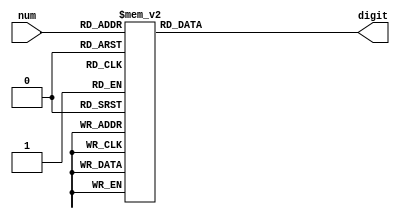
module decode_7seg(num, digit);
	input[3:0] num;
	output[6:0] digit;
	reg[6:0] digit;
	always @(*)
	begin
		case (num)
		  4'b0000 : digit = ~7'b0111111;
		  4'b0001 : digit = ~7'b0000110;
		  4'b0010 : digit = ~7'b1011011;
		  4'b0011 : digit = ~7'b1001111;
		  4'b0100 : digit = ~7'b1100110;
		  4'b0101 : digit = ~7'b1101101;
		  4'b0110 : digit = ~7'b1111101;
		  4'b0111 : digit = ~7'b0000111;
		  4'b1000 : digit = ~7'b1111111;
		  4'b1001 : digit = ~7'b1100111;
		  4'b1110 : digit = ~7'b1111001;
		  4'b1111 : digit = 7'b1100000; // Value set to display r for an error message
		  default : digit = 7'b1111111;
		endcase
	end
	
endmodule